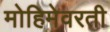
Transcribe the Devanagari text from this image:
मोहिमेवरती